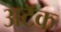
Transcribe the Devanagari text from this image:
अटॅक